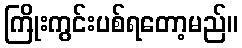
ကြိုးကွင်းပစ်ရတော့မည်။